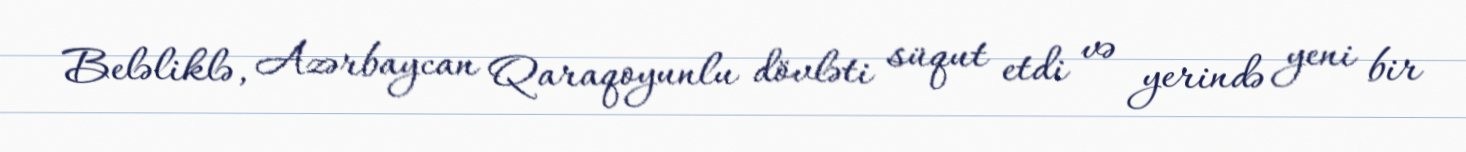
Beləliklə, Azərbaycan Qaraqoyunlu dövləti süqut etdi və yerində yeni bir